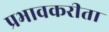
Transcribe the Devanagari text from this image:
प्रभावकरीता